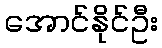
အောင်နိုင်ဦး